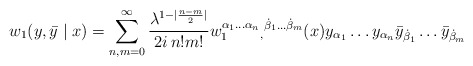
\begin{align*}w_1 ({y},{\bar{y}}\mid x)=\sum_{n,m=0}^{\infty}\frac{\lambda^{1-|\frac{n-m}{2}|}}{2i\,n!m!}w_1^{\alpha_1\ldots\alpha_n}{}_,{}^{\dot{\beta}_1\ldots\dot{\beta}_m}(x){y}_{\alpha_1}\ldots {y}_{\alpha_n}{\bar{y}}_{\dot{\beta}_1}\ldots{\bar{y}}_{\dot{\beta}_m}\,\end{align*}